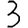
Digit: 3